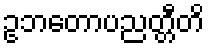
ဥဘတောပညတ္တီတိ